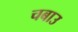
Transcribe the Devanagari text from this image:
चबाउ